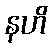
နဟိ